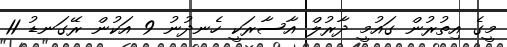
މީގެ އިތުރުން ގައުމީ ދާރުލް އާސާރަކީ ހެނދުނު 9 އަކުން ރޭގަނޑު 11